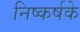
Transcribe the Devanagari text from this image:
निष्कर्षके